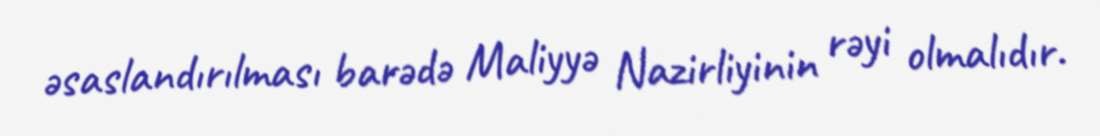
əsaslandırılması barədə Maliyyə Nazirliyinin rəyi olmalıdır.